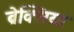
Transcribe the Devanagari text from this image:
ब्रेक्सिया